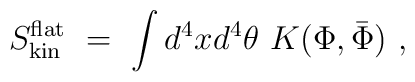
S^{\rm flat}_{\rm kin}\ =\ \int d^4xd^4\theta\ K(\Phi, \bar\Phi)\ ,